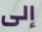
إلى